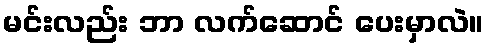
မင်းလည်း ဘာ လက်ဆောင် ပေးမှာလဲ။